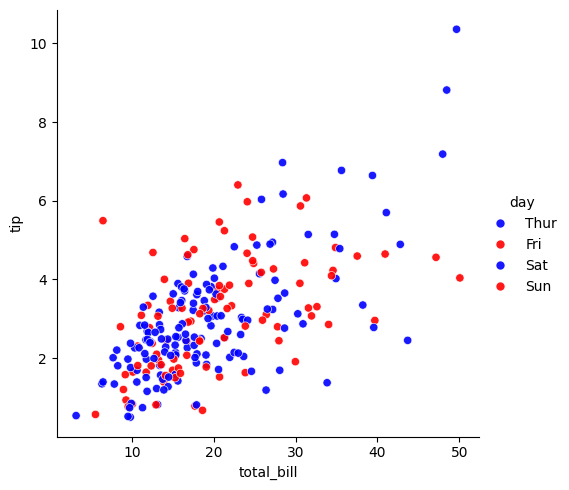
python, seaborn, relplot, alpha=0.9